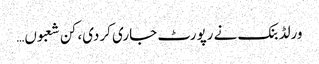
ورلڈ بنک نے رپورٹ جاری کردی، کن شعبوں…